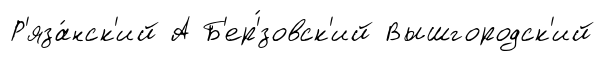
Р'яза́нск'ий А Б'ер'́зовск'ий Вышгородск'ий